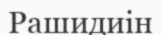
Рашидиін